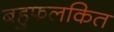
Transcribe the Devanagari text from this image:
बहुफलकित